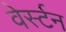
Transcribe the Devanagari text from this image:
वेर्स्टन